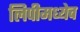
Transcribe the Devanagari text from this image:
लिपीमध्येच